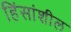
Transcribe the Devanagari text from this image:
हिंसांशील